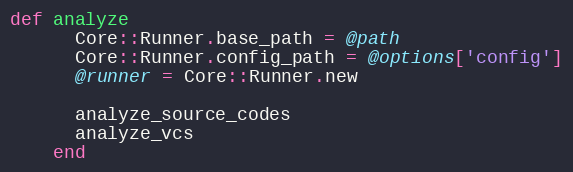
Language: Ruby
def analyze
      Core::Runner.base_path = @path
      Core::Runner.config_path = @options['config']
      @runner = Core::Runner.new

      analyze_source_codes
      analyze_vcs
    end